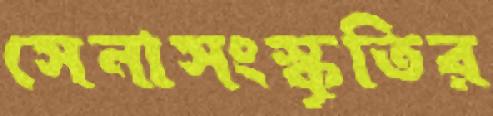
সেনাসংস্কৃতির